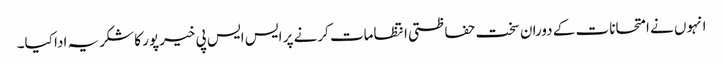
انہوں نے امتحانات کے دوران سخت حفاظتی انتظامات کرنے پر ایس ایس پی خیرپور کا شکریہ ادا کیا۔